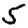
Digit: 5